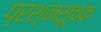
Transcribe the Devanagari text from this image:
प्रश्नसूचक